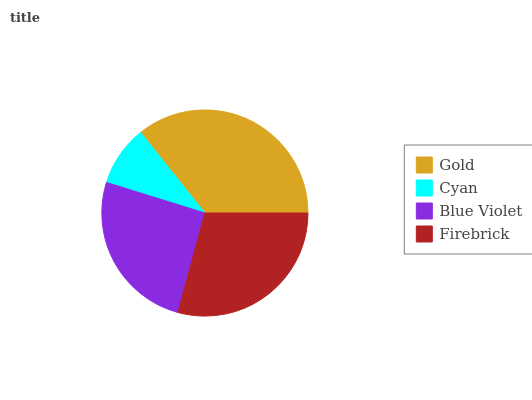
| Gold | Cyan | Blue Violet | Firebrick |
 | --- | --- | --- | --- |
 | 35.6% | 9.48% | 25.6% | 29.3% |